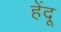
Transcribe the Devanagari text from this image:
हेंदू